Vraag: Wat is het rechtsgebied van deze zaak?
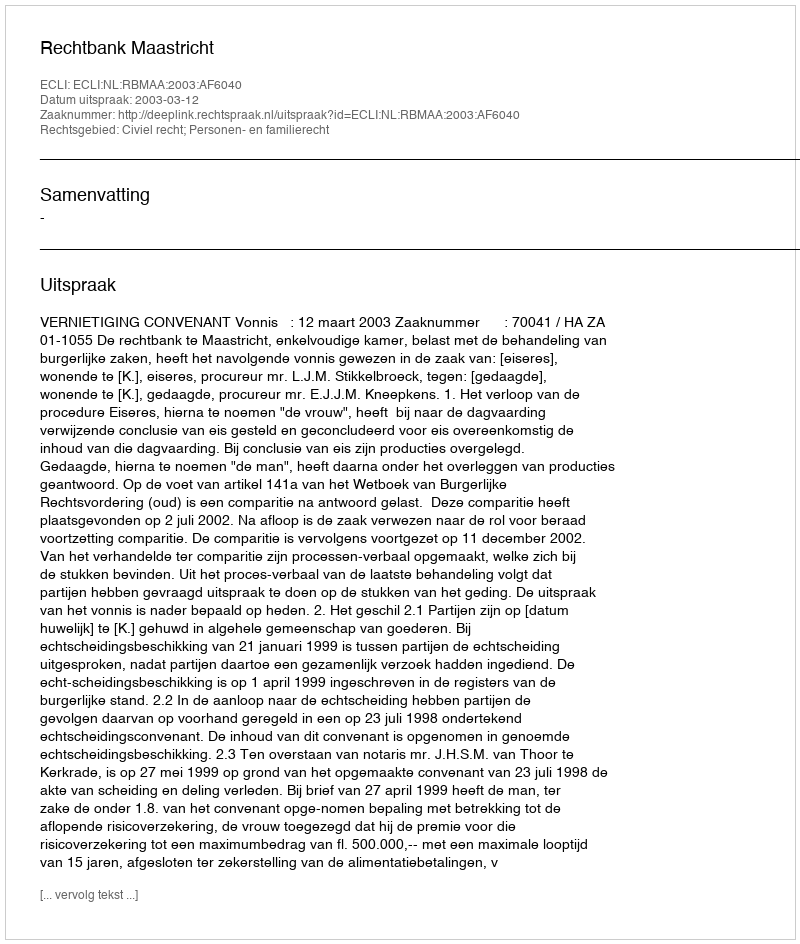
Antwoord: Civiel recht; Personen- en familierecht